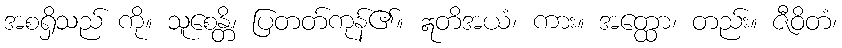
အစရှိသည် ကို။ သူစေန္တိ၊ ပြတတ်ကုန်၏။ ဣတိအယံ၊ ကား။ အတ္ထော၊ တည်း။ ဇီဝိတံ၊